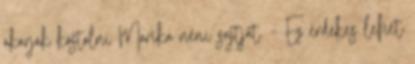
akarják kóstolni Marika néni sajtját. - Ez érdekes lehet